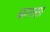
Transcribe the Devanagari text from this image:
कामसा